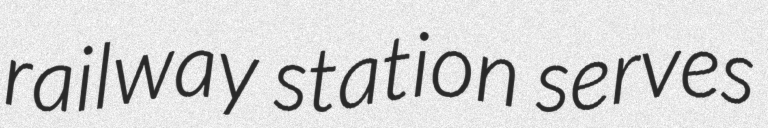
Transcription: railway station serves